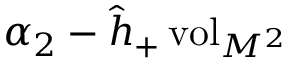
\alpha _ { 2 } - \hat { h } _ { + } \, \mathrm { v o l } _ { M ^ { 2 } }